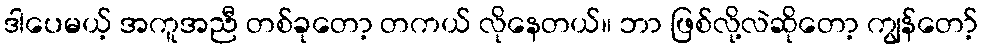
ဒါပေမယ့် အကူအညီ တစ်ခုတော့ တကယ် လိုနေတယ်။ ဘာ ဖြစ်လို့လဲဆိုတော့ ကျွန်တော့်